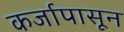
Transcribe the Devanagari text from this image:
कर्जापासून